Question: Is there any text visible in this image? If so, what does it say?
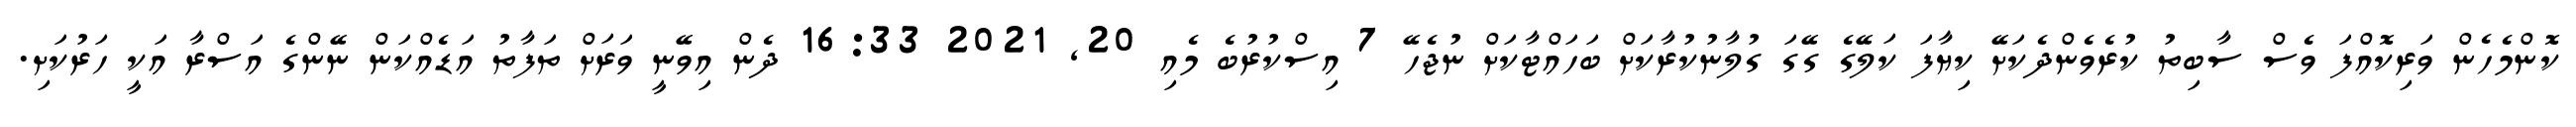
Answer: ކޮންމެހެން ވަރިކޮއްފަ ވެސް ސާބިތު ކުރެވެންދެކަށޭ ކިޔާފަ ކަލޭގެ ގޭގަ ގުލާނުކުރާކަށް ބަހައްޓާކަށް ނުޖެހޭ 7 އިސްކުރުބެ މެއި 20, 2021 16:33 ދެން އިވޭނީ ވަރަށް ތަފާތު އަޑެއްކަން ނޭންގެ އަސްރާ އަކީ ހަރުކަށި.